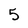
Character: 5